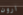
ارون